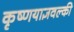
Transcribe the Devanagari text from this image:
कृष्णयाज्ञवल्की